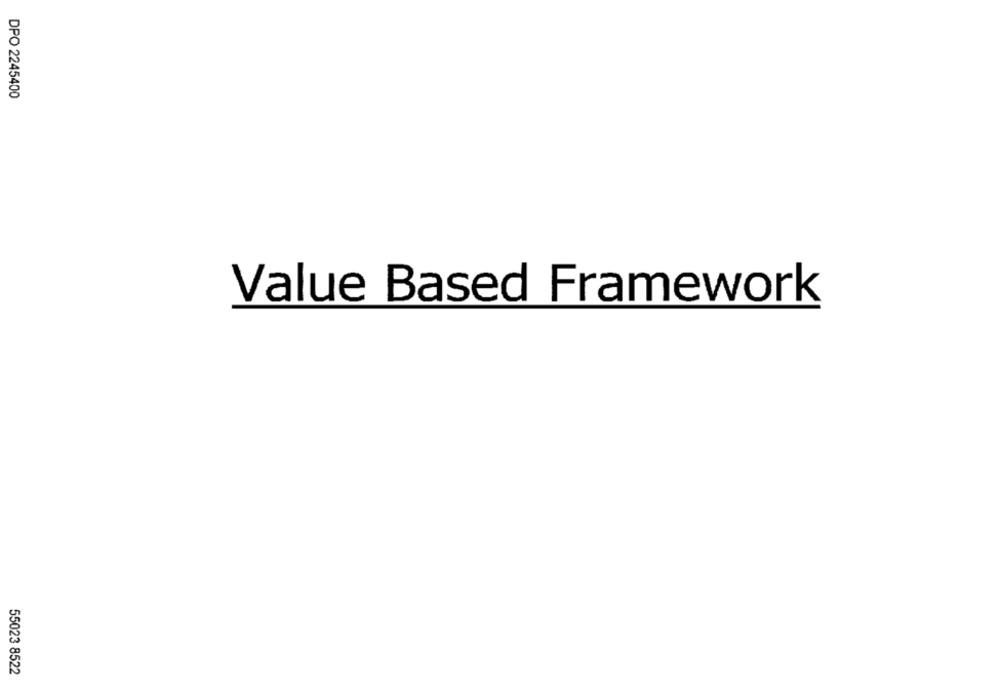
DPO 2245400
Value Based Framework
55023 8522